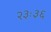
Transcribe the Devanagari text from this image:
२३ः३६